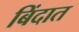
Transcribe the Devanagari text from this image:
बिंदात